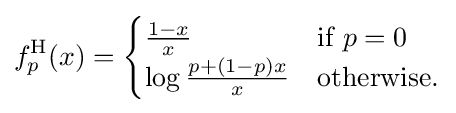
f_{p}^{\mathrm {H} }(x)={\begin{cases}{\frac {1-x}{x}}&{\text{if }}p=0\\\log {\frac {p+(1-p)x}{x}}&{\text{otherwise.}}\end{cases}}